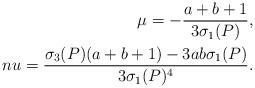
LaTeX: \begin{align*}\mu = -\frac{a+b+1}{3\sigma_1(P)},\\nu=\frac{\sigma_3(P)(a+b+1)-3ab\sigma_1(P)}{3\sigma_1(P)^4}.\end{align*}